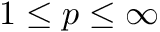
1 \leq p \leq \infty